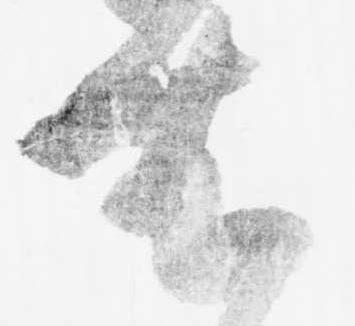
此